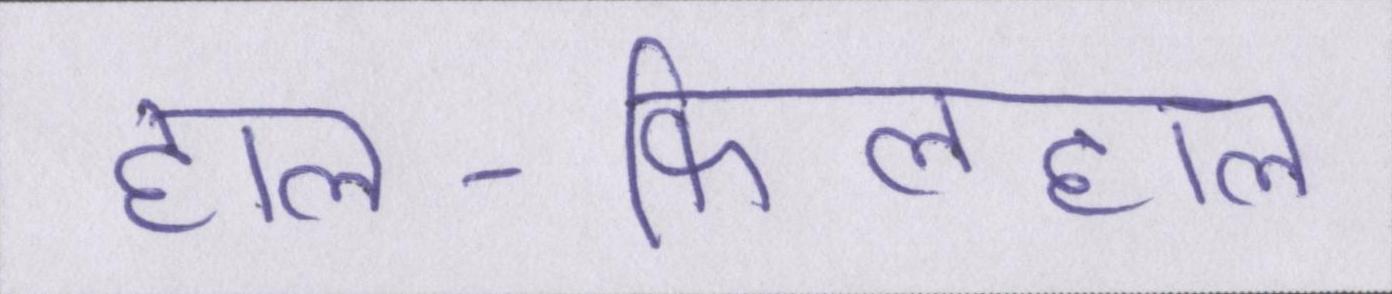
हाल-फिलहाल